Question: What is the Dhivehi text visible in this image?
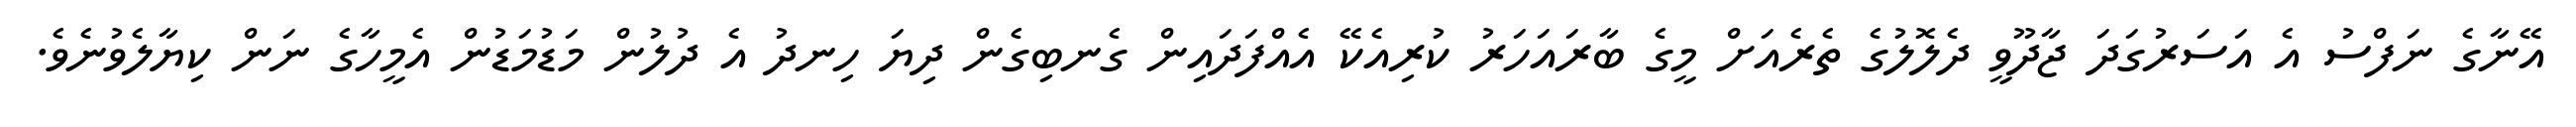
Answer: އޭނާގެ ނަފްސު އެ އަސަރުގަދަ ޖާދޫވީ ދެލޮލުގެ ތެރެއަށް މީގެ ބާރައަހަރު ކުރިއެކޭ އެއްފަދައިން ގެނބިގެން ދިޔަ ހިނދު އެ ދުލުން މަޑުމަޑުން އެމީހާގެ ނަން ކިޔާލެވުނެވެ.